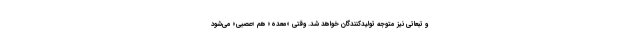
و تبعاتی نیز متوجه تولیدکنندگان خواهد شد. وقتی «معده» هم «عصبی» می‌شود